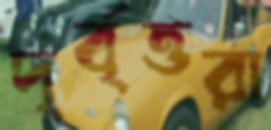
দৃর্বৃত্তরা